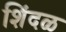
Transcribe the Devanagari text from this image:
शिंदळ